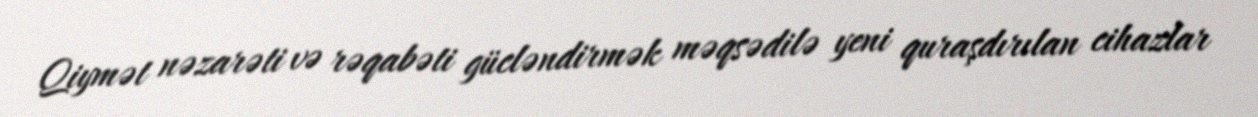
Qiymət nəzarəti və rəqabəti gücləndirmək məqsədilə yeni quraşdırılan cihazlar